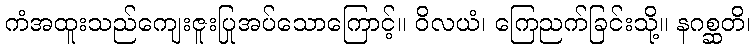
ကံအထူးသည်ကျေးဇူးပြုအပ်သောကြောင့်။ ဝိလယံ၊ ကြေညက်ခြင်းသို့။ နဂစ္ဆတိ၊